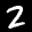
Label: 2